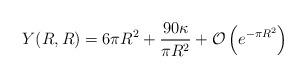
LaTeX: \begin{align*}Y(R,R) = 6\pi R^2 +\frac{90 \kappa}{\pi R^2} +{\cal O} \left( e^{-\pi R^2} \right)\end{align*}